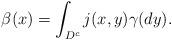
LaTeX: \begin{align*}\beta(x)= \int_{D^c}j(x,y)\gamma(dy).\end{align*}